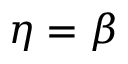
\eta = \beta